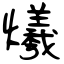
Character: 爔